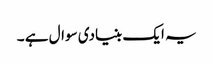
یہ ایک بنیادی سوال ہے ۔